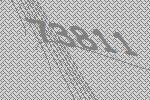
73811